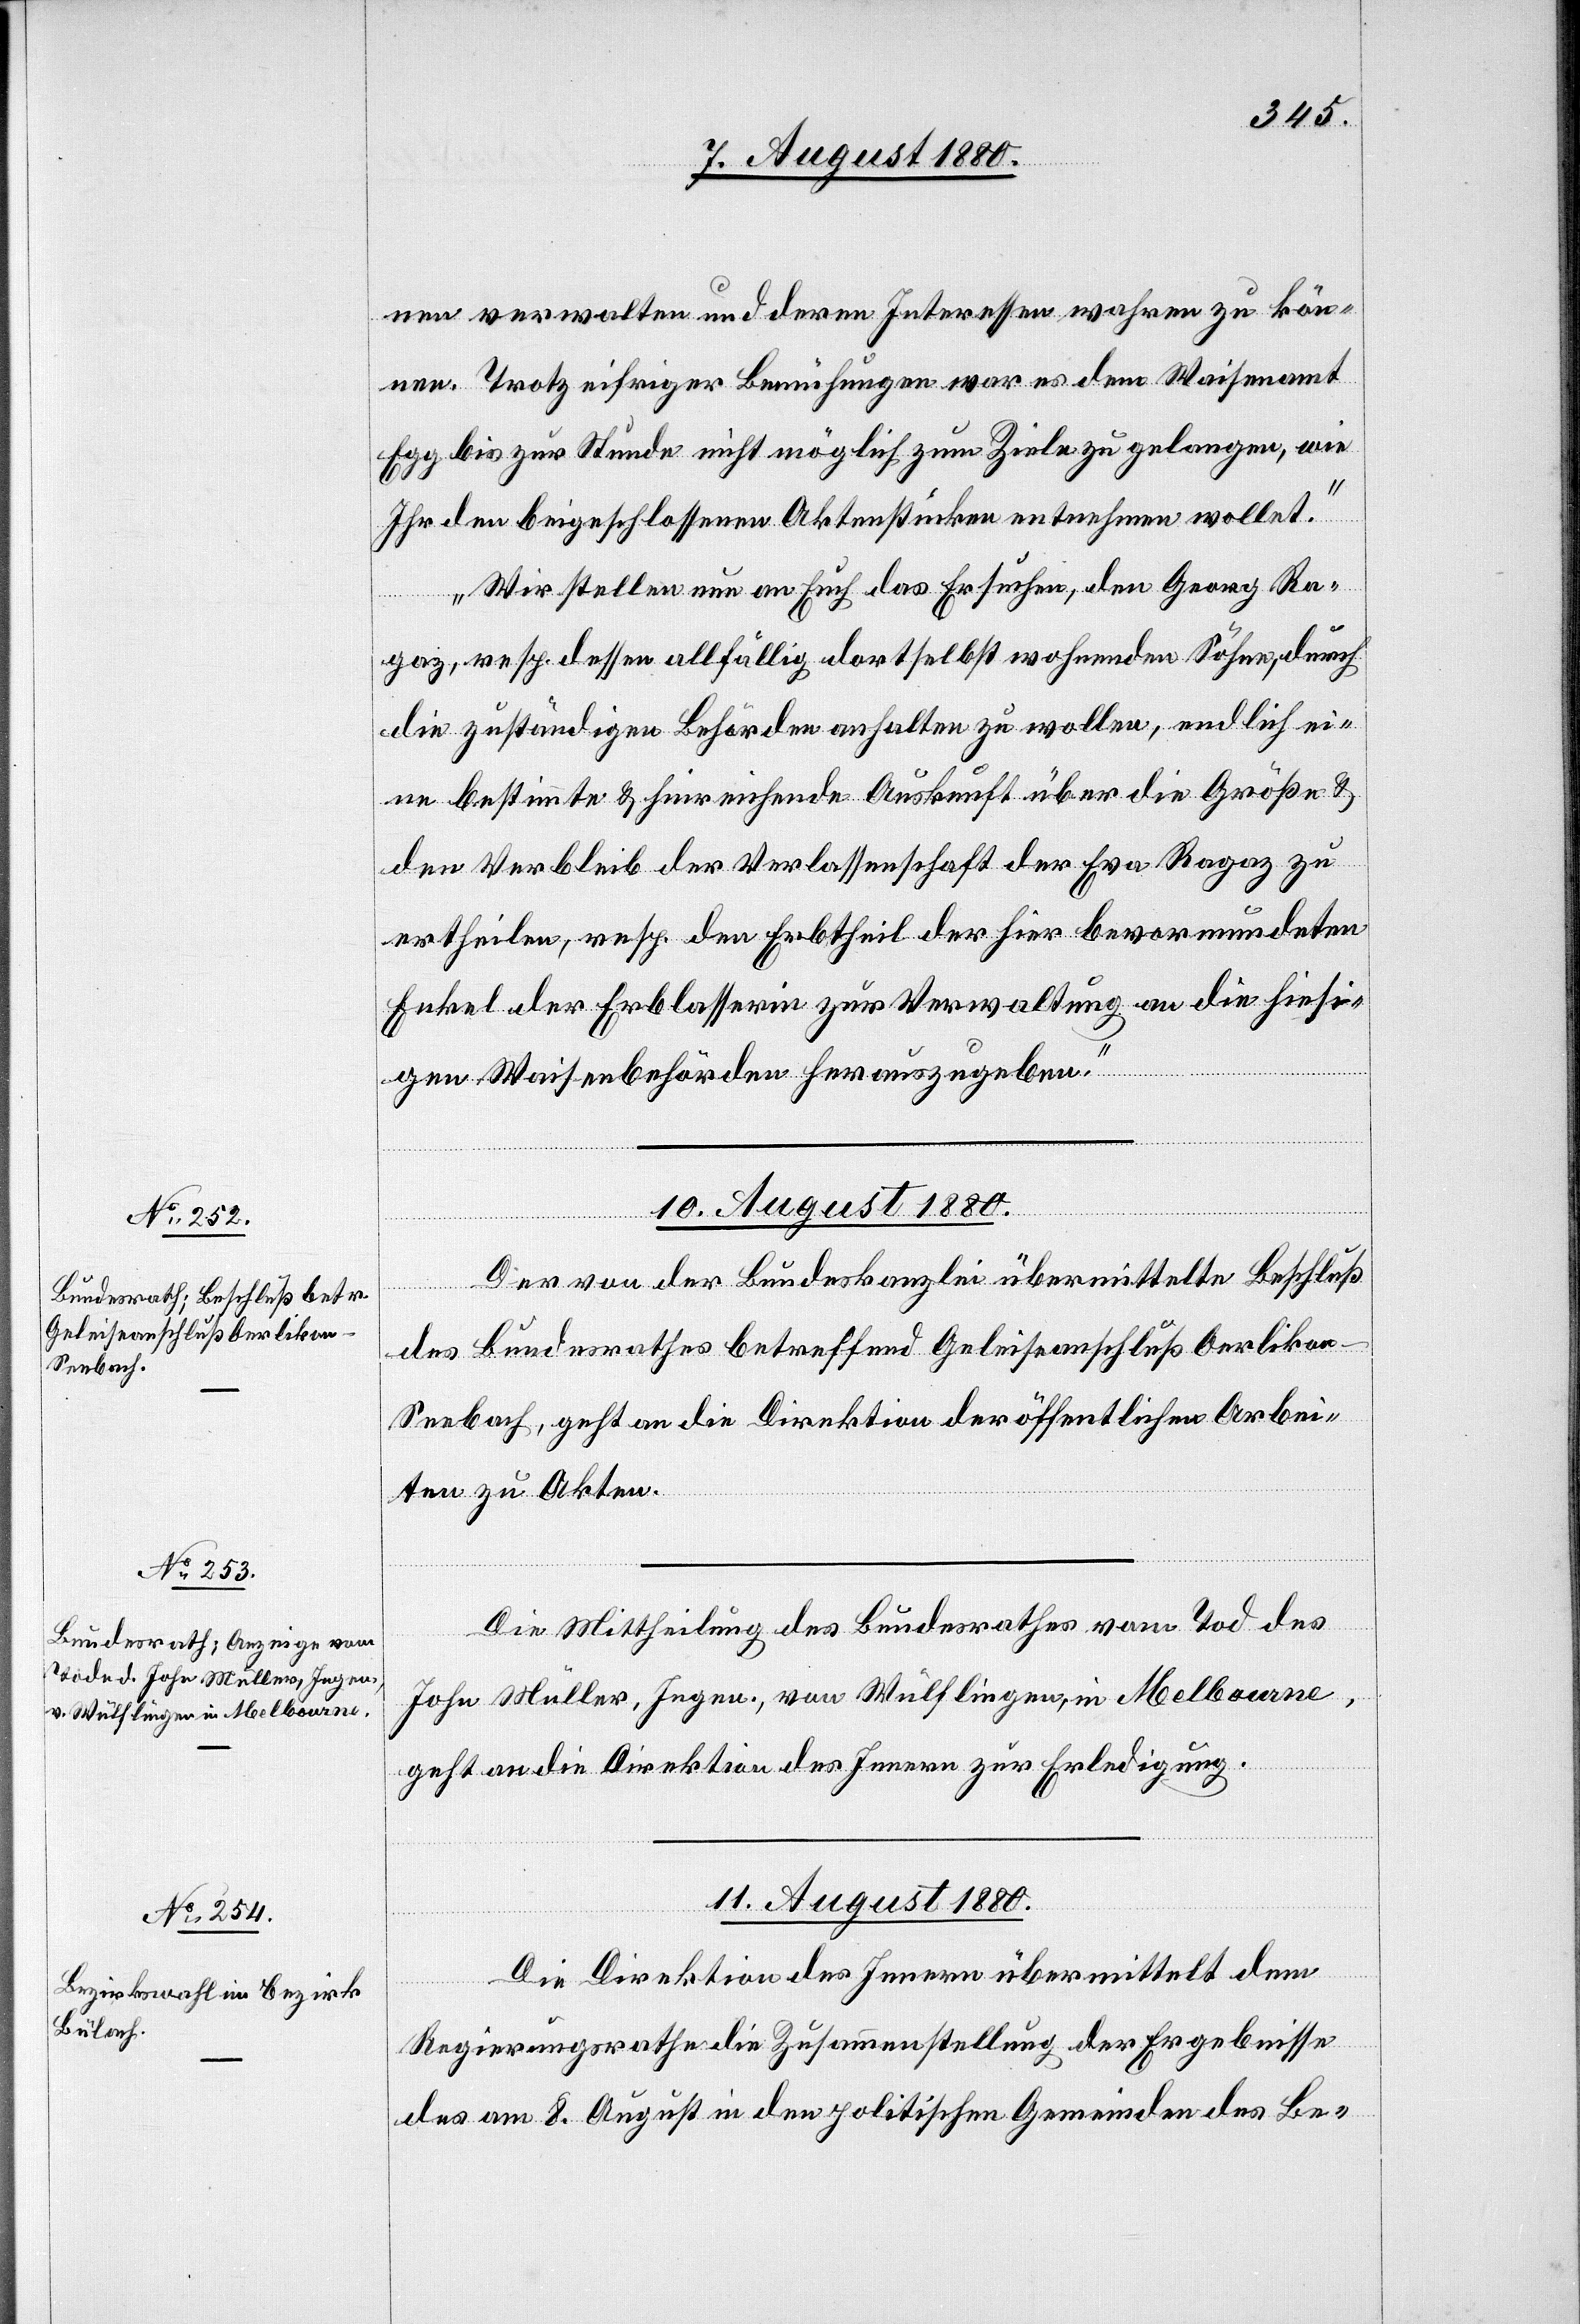
nen verwalten und deren Interessen wahren zu kön¬
nen. Trotz eifriger Bemühungen war es dem Waisenamt
Egg bis zur Stunde nicht möglich zum Ziele zu gelangen, wie
Ihr den beigeschlossenen Aktenstücken entnehmen wollet.
Wir stellen nun an Euch das Ersuchen, den Georg Ra¬
gaz, resp. dessen allfällig dortselbst wohnenden Söhne, durch
die zuständigen Behörden anhalten zu wollen, endlich ei¬
ne bestimmte & hinreichende Auskunft über die Größe &
den Verbleib der Verlassenschaft der Eva Ragaz zu
ertheilen, resp. den Erbtheil der hier bevormundeten
Enkel der Erblasserin zur Verwaltung an die hiesi¬
gen Waisenbehörden herauszugeben.“
10. August 1880.]
Der Von der Bundeskanzlei übermittelte Beschluß
des Bundesrathes betreffend Geleiseanschluß Oerliko¬
n–Seebach, geht an die Direktion der öffentlichen Arbei¬
ten zu Akten.
Die Mittheilung des Bundesrathes vom Tode des
John Müller, Ingen., von Wülflingen, in Melbourne,
geht an die Direktion des Innern zur Erledigung.
11. August 1880
Die Direktion des Innern übermittelt dem
Regierungsrathe die Zusammenstellung der Ergebnisse
des am 8. August in den politischen Gemeinden des Be-